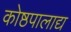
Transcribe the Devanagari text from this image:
कोष्ठपालाद्य